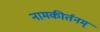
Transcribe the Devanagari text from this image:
नामकीर्तनम्